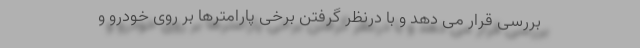
بررسی قرار می دهد و با درنظر گرفتن برخی پارامترها بر روی خودرو و